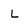
Character: L